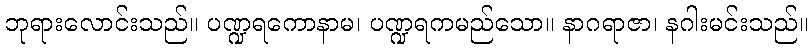
ဘုရားလောင်းသည်။ ပဏ္ဍရကောနာမ၊ ပဏ္ဍရကမည်သော။ နာဂရာဇာ၊ နဂါးမင်းသည်။